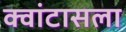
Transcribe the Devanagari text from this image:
क्वांटासला